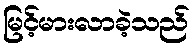
မြင့်မားလာခဲ့သည်